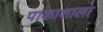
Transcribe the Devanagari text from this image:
पाकाशाला